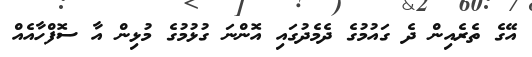
އޭގެ ތެރެއިން ދެ ގައުމުގެ ދެމެދުގައި އޮންނަ ގުޅުމުގެ މުޅިން އާ ސޮފްހާއެއް